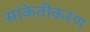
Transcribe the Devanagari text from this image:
सांकेतीकरण